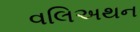
વલિઅથન